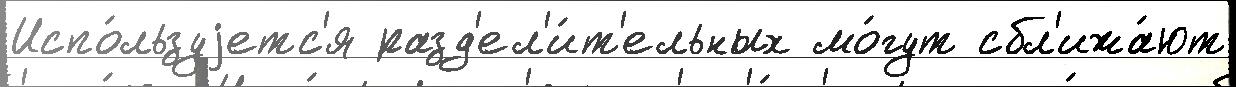
Испо́льзуjетс'я разд'ел'и́т'ельных мо́гут сбл'ижа́ют